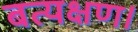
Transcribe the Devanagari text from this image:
बत्यक्षण।